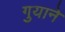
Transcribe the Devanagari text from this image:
गुयाने